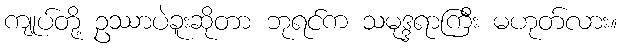
ကျုပ်တို့ ဥဿာပဲခူးဆိုတာ ဘုရင်က သမုဒ္ဒရာကြီး မဟုတ်လား။